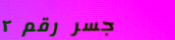
جسر رقم ٢